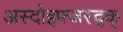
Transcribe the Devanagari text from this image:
अस्दोइफ्जस्द्क्